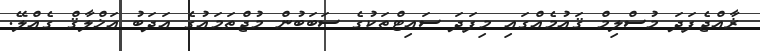
ޜާއްޖެފަދަ މުސްލިމް ޤައުމެއްގައި މިފަދަ ސައިޓްތަކުގެ ސަބަބުން މުޖްތަމައުގެ އަދަބު އަޚްލާޤް ގެއްލޭ.